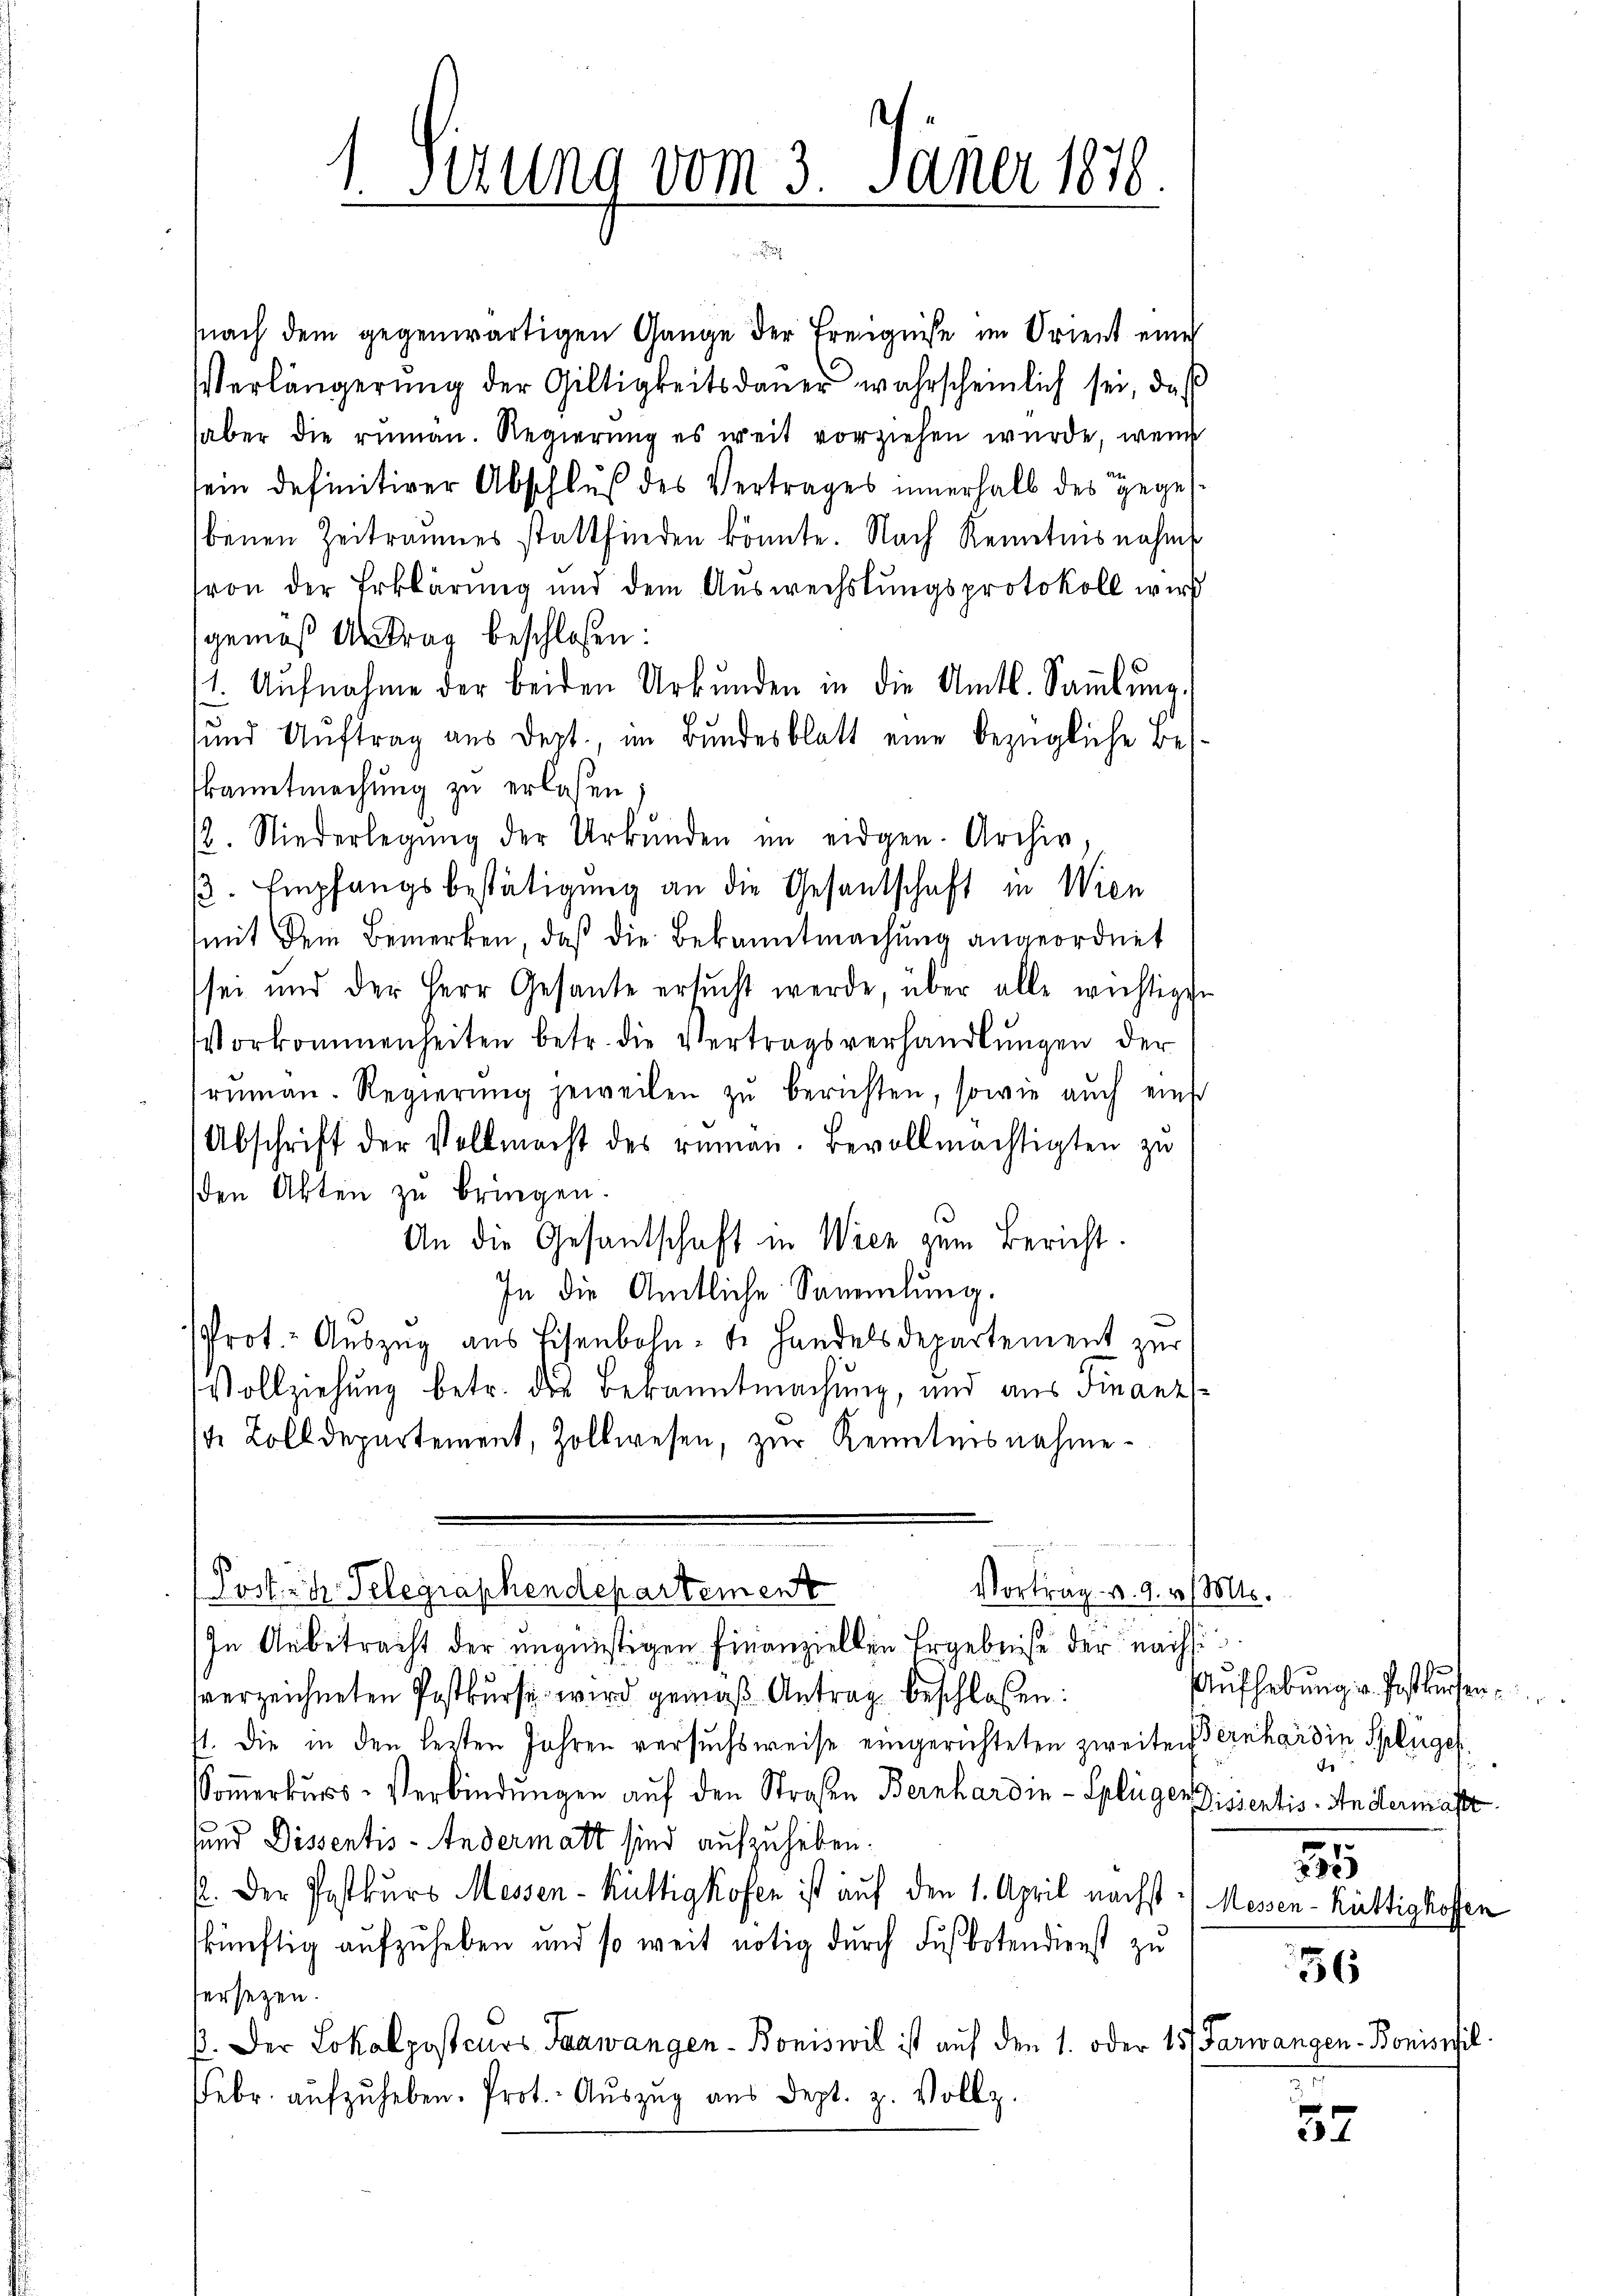
1. Sirung vom 3. Jäner 1878.

Nach dem gegenwärtigen Gange der Ereignisse im Orient eine
Verlängerung der Giltigkeitsdauer wahrscheinlich sei, daß
aber die rumän. Regierung es weit vorziehen wurde, wenn
sein definitiver Abschluß des Vertrages innerhalb des gegesbenen Zeitraumes stattfinden könnte. Nach Renntnisnahms
von der Erklärung und dem Auswechslungsprotokoll wird
gemäß Antrag beschlossen:
11. Aŭfnahme der beiden Urbŭnden in die Amtl. Sammlung.
sund Aŭftrag aus dept., im Bundesblatt eine bezügliche Be-
kanntmachung zu erlassen;
2. Niederlegŭng der Urkŭnden im eidgen. Archiv,
. Empfangsbestätigung an die Gesantschaft in Wien
mit dem Bemerken, daß die Bekanntmachung angeordnet
sei und der Herr Gesante ersŭcht werde, über alle wichtigen
Vorkommenheiten betr. die Vertragsverhandlŭngen der
rŭman. Regierŭng jeweilen zŭ berichten, sowie auch einst
Abschrift der Vollmacht des remen. Bevollmächtigten zu
den Akten zu bringen.
An die Gesantschaft in Wien zum Bericht.
In die Amtliche Sammlung.
Prot. Auszug aus Eisenbohnte Handelsdepartement zur
Vollziehung betr. des Bekanntmachung, und aus Finanzte Zolldepartement, Zollwesen, zur Kenntnisnahme¬
.
Vortrag v. 9. v. Mts.
Postrich Telegraphendepartement
In Anbetracht der ungünstigen Finanziellen Ergebniße der nächst
verzeichneten Postkurse wird gemäß Antrag beschloßen:
41. Die in den lezten Jahren versuchsweise eingerichteten zweiten Bernhard in Splügel
Soṁerkŭrs-Verbindŭngen aŭf den Straßen Bernhardin-Splüger Dissentis - Andermasse
sund Dissentis-Andermatt sind aufzuheben.
p. Der Postkurs Messen-Küttigkofen ist auf den 1. April nächst :/ Messen-Küttigkoffen
skünftig aufzuheben und so weit nötig durch Fußbotendienst zu
ersetzen.
p. Der Lokalposcurs Farwangen Boniswil ist auf den 1. oder 15 Farwangen - Bonis
Febr. aŭfzŭheben. Prot. Auszug aus Sept. z. Vollz

Aufhebung v. Postkuchen.
d
3

56

37